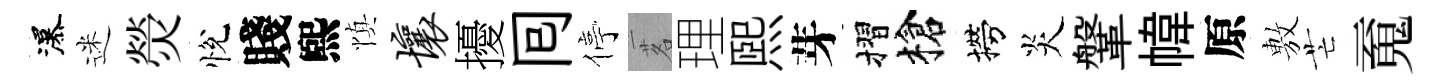
瀑迷熒悅賤煕慎壤擾囘停茗理煕芽摺槍撈炎鞶幃原𢾾芒䰟